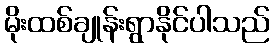
မိုးထစ်ချုန်းရွာနိုင်ပါသည်